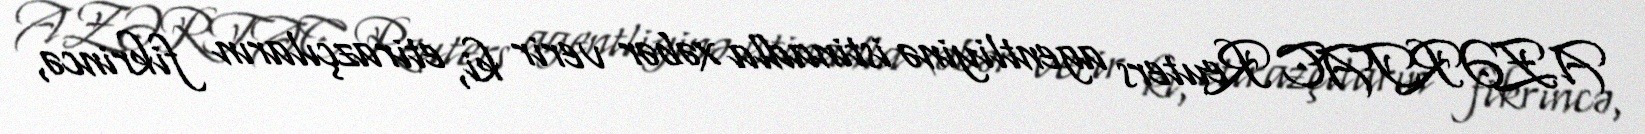
AZƏRTAC Reuters agentliyinə istinadla xəbər verir ki, etirazçıların fikrincə,